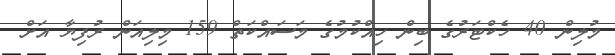
މުލިން 40 ހެކްޓަރުގެ ބިން ހިއްކުމުގެ މަސައްކަތް 159 މިލިއަން ރުފިޔާ އަށް